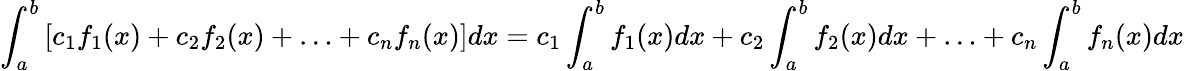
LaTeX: \int_{a}^{b}{[{{c}_{1}}{{f}_{1}}(x)+{{c}_{2}}{{f}_{2}}(x)+\ldots+{{c}_{n}}{{f}_{n}}(x)]dx}={{c}_{1}}\int_{a}^{b}{{{f}_{1}}(x)dx}+{{c}_{2}}\int_{a}^{b}{{{f}_{2}}(x)dx}+\ldots+{{c}_{n}}\int_{a}^{b}{{{f}_{n}}(x)dx}